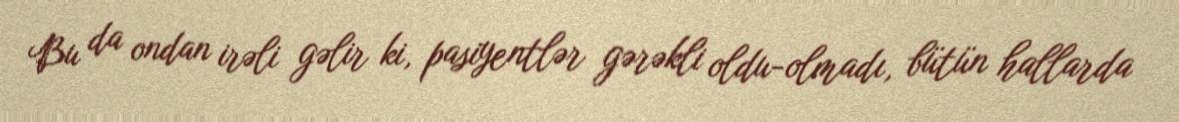
Bu da ondan irəli gəlir ki, pasiyentlər gərəkli oldu-olmadı, bütün hallarda